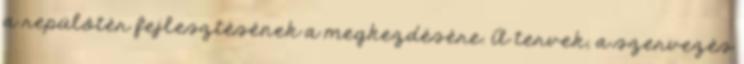
a repülôtér fejlesztésének a megkezdésére. A tervek, a szervezés